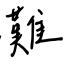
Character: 灘